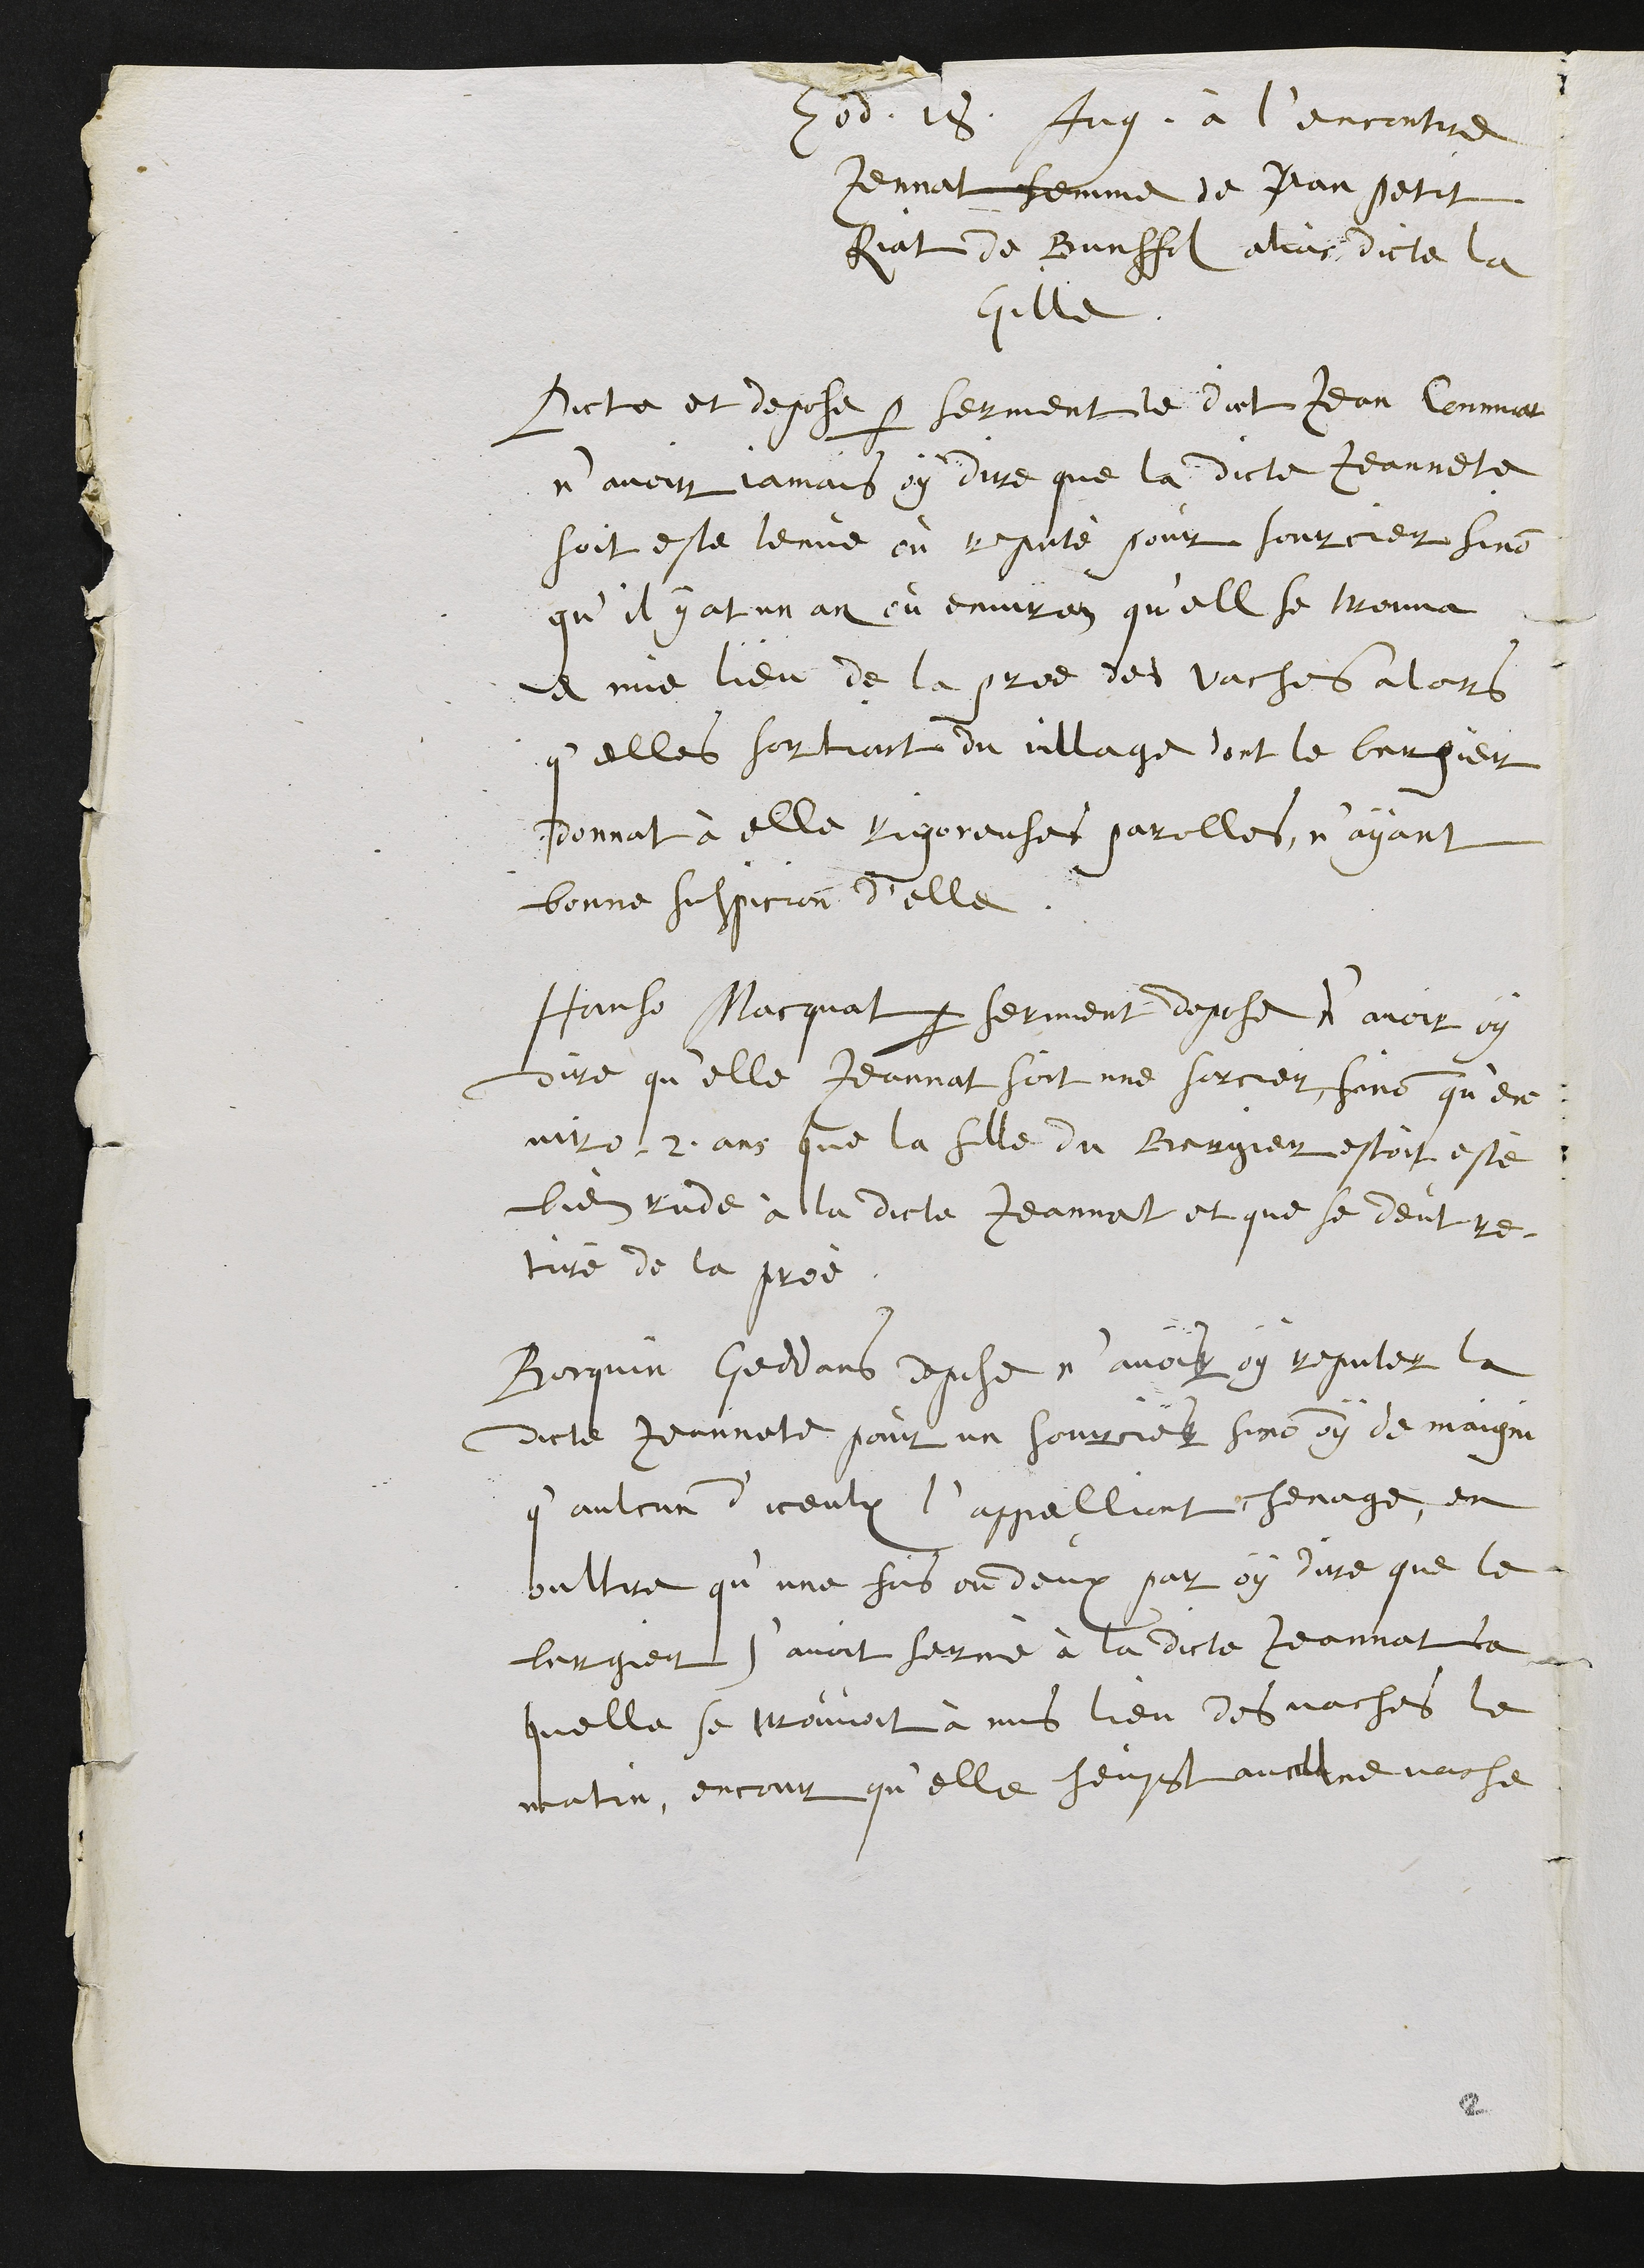
Eod. 18. Aug. à l’encontre
Jennat femme de Jean Petit
Riat de Bunffols alias dicte la
Gille.
Dicte et depose par serment le dict Jean Commat
n'avoir jamais oy dire que la dicte Jeannete
soit este tenue ou reputé sinon pour sourcier sinon
qu’il y at un an ou environ qu'ell se trouva
en mie lieu de la pree des vaches alors
q'elles sortient du village dont le bergier
donnat à elle rigoreuses parolles, n’ayant
bonne suspicion d'elle
Hanso Macquat par serment depose d’avoir oy
dire qu'elle Jeannat soit une sorcier sinon qu'en¬
viro 2 ans que la fille du Bergier estoit esté
bien rude à la dicte Jeannat et que se deut re-
tiré de la prée
Borquin Goddars depose n'avoir oy reputer la
dicte Jeannette pour un sourcier sinon oy de maigni
q'aulcun d'iceulx l’appellient chenage, et
oultre qu’une fois ou deux par oy dire que le
bergier s'avoit sermé à la dicte Jeannat la
quelle se trouvoit à mis lieu des vaches le
matin, encour quelle heust auculne vache